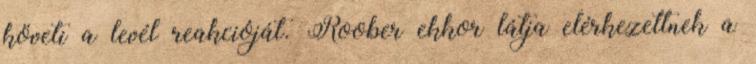
követi a levél reakcióját. Roober ekkor látja elérkezettnek a